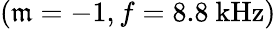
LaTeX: (\mathfrak{m}=-1,f=8.8\ \mathrm{{kHz}})